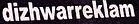
dizhwarreklam